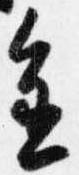
進